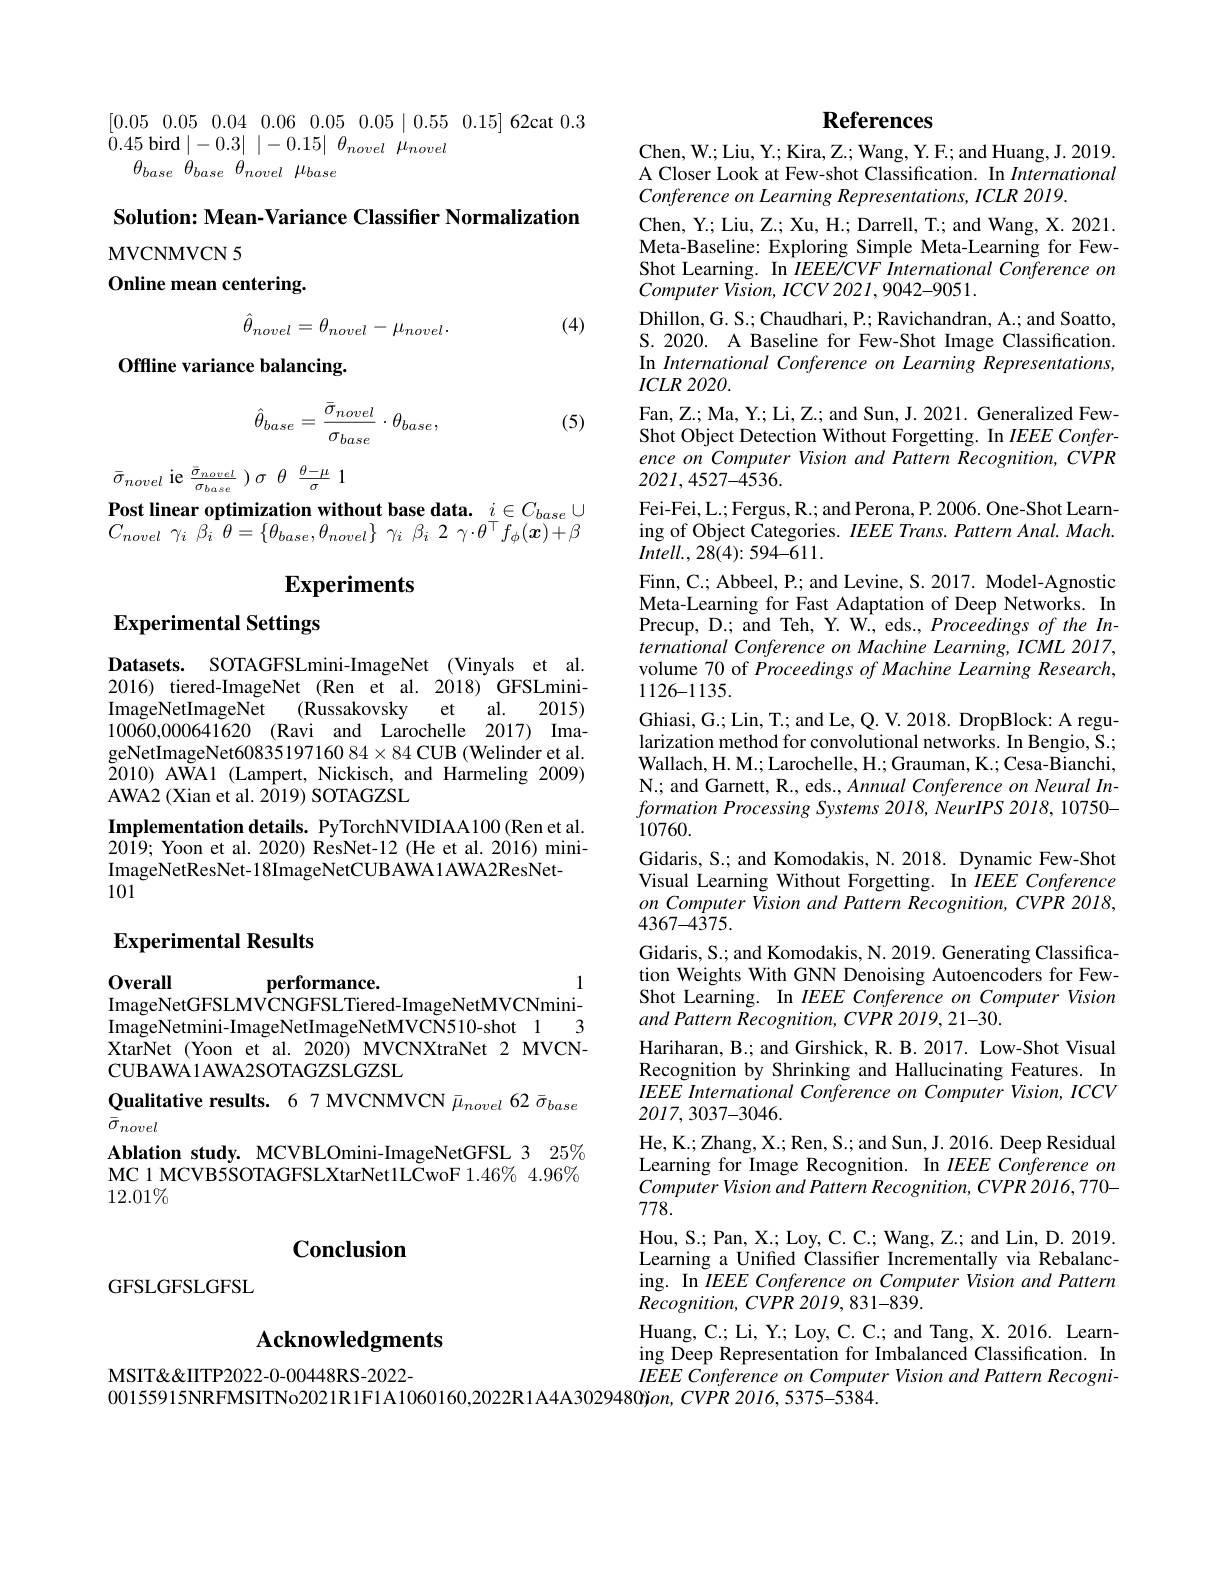
$\begin{bmatrix} 0. 05& 0. 05& 0. 04& 0. 06& 0. 05& 0. 05& 0. 15\end{bmatrix}$ 62cat 0.3
$\dot{0}.45$ bird|-0.3| |-0.15| $\theta _{novel}$ $\dot{\mu } _{novel}$
$\theta _{base}$ $\theta _{base}$ $\theta _{novel}$ $\mu _{base}$

Solution: Mean-Variance Classifer Normalization
## MVCNMVCN5 Online mean centering.
$$\hat{\theta}_{novel}=\theta_{novel}-\mu_{novel}.$$
(4)

Offline variance balancing.

(5)
$$\hat{\theta}_{base}=\frac{\bar{\sigma}_{novel}}{\sigma_{base}}\cdot\theta_{base},$$
$\bar{\sigma}_{novel}$ ie $\frac {\bar{\sigma } _{novel}}{\sigma _{base}}$ $) \sigma$ $\theta$ $\frac {\theta - \mu }\sigma$ 1
Post linear optimization without base data. $i\in C_{base}\cup$ $C_{novel}$ $\gamma _{i}$ $\beta _{i}$ $\theta = \{ \theta _{base}, \theta _{novel}\}$ $\gamma _{i}$ $\beta _{i}$ 2 $\gamma \cdot \theta ^{\top }f_{\phi }( \boldsymbol{x}) + \beta$

# Experiments

# Experimental Settings

Datasets. SOTAGFSLmini-ImageNet (Vinyals et al. 2016) tiered-ImageNet (Ren et al. 2018) GFSLminiImageNetImageNet (Russakovsky et al. 2015) 10060,000641620 (Ravi and Larochelle 2017) ImageNetImageNet60835197160 84×84 CUB (Welinder et al. $\breve{2}010)$ AWAl (Lampert, Nickisch, and Harmeling 2009) AWA2 ( Xian et al. 2$\bar{0}$19) SOTAGZSL
Implementation details. PyTorchNVIDIAA100(Ren et al. $20\dot{1}9;$ Yoon et al. 2020) ResNet-12 (He et al. 2016) miniImageNetResNet-18ImageNetCUBAWA1AWA2ResNet-
101

## Experimental Results

1
0verall
performance.
ImageNetGFSLMVCNGFSL Tiered- ImageNetMVCNmini-
3
ImageNetmini-ImageNetImageNetMVCN510-shot 1
XtarNet (Yoon et al. 2020) MVCNXtraNet 2 MVCN-
CUBAWA1AWA2SOTAGZSLGZSL
Qualitative results. 6 7 MVCNMVCN $\bar{\mu}_{novel}$ 62 $\bar{\sigma}_{base}$
$\bar{\sigma}_{novel}$
Ablation study. MCVBLOmini-ImageNetGFSL 3 25% MC 1 MCVB5SOTAGFSLXtarNet1LCwoF 1.46% 4.96% $12.01\%$

## $\mathbf{Conclusion}$

GFSLGFSLGFSL

## $\mathbf{Acknowledgments}$

MSIT&& ITP2022-0-00448RS-2022-

## References

Chen, W. ; Liu, Y. ; Kira, Z. ; Wang, Y. F. ; and Huang, J. 2019. A Closer Look at Few-shot Classification. In International Conference on Learning Representations, ICLR 2019
Chen, Y.; Liu, Z.; Xu, H.; Darrell, T.; and Wang, X. 2021. Meta-Baseline: Exploring Simple Meta-Learning for FewShot Learning. In $IEEE/CVF$ International Conference on $ComputerVision,ICCV2021,9042-9051.$
Dhillon, G. S.; Chaudhari, P.; Ravichandran, A..; and Soatto, S.2020. A Baseline for Few-Shot Image Classification. In International Conference on Learning Representations, $ICLR$ 2020.
Fan, Z.; Ma, Y.; Li, Z.; and Sun, J. 2021. Generalized FewShot Object Detection Without Forgetting. In $IEEEConfer-$ ence on Computer Vision and Pattern Recognition, CVPR 2021,4527-4536.
Fei-Fei, L.; Fergus, R.; and Perona, P. 2006. One-Shot Learning of Object Categories. $IEEE\textit{Trans. Pattern Anal. Mach. }$ $Intell.,28(4):594-611.$
Finn, C.; Abbeel, P.; and Levine, S. 2017. Model-Agnostic Meta-Learning for Fast Adaptation of Deep Networks. In Precup, D.; and Teh, Y. W., eds., Proceedings of the International Conference on Machine Learning, ICML 2017, volume 70 of Proceedings of Machine Learning Research, 1126-1135.
Ghiasi, G.; Lin, T.; and Le, Q. V. 2018. DropBlock: A regularization method for convolutional networks. In Bengio, S.; Wallach, H. M.; Larochelle, H.; Grauman, K.; Cesa-Bianchi, N.; and Garnett, R., eds., Annual Conference on Neural In- $formation\textit{ Processing Systems 2018, NeurIPS 2018, 10750- }$ 10760.
Gidaris, S.; and Komodakis, N. 2018. Dynamic Few-Shot Visual Learning Without Forgetting. In $IEEE$ Conference on Computer Vision and Pattern Recognition, CVPR 2018, $4367-4\dot{3}75.$
Gidaris, S.; and Komodakis, N. 2019. Generating Classification Weights With GNN Denoising Autoencoders for FewShot Learning. In $IEEE\textit{Conference on Computer Vision}$ and Pattern Recognition, CVPR 2019, 21-30.
Hariharan, B.; and Girshick, R. B. 2017. Low-Shot Visual Recognition by Shrinking and Hallucinating Features. In $IEEE$ International Conference on Computer Vision, ICCV 2017,3037-3046.
He, K.; Zhang, X.; Ren, S.; and Sun, J. 2016. Deep Residual Learning for Image Recognition. In $IEEE$ Conference on $ComputerVisionandPatternRecognition,CVPR2016,770-$ 778.
Hou, S.; Pan, X.; Loy, C. C.; Wang, Z.; and Lin, D. 2019. Learning a Unified Člassifier Incrementally via Rebalancing. In IEEE Conference on Computer Vision and Pattern $Recognition,CVPR2019,831-839.$
Huang, C.; Li, Y.; Loy, C. C. c. and Tang, X. 2016. Learning Deep Representation for Imbalanced Classification. In IEEE Conference on Computer Vision and Pattern Recogni-
00155915NRFMSITNo2021R1F1A1060160,2022R1A4A3029480j$on,CVPR~2016,5375-5384.$